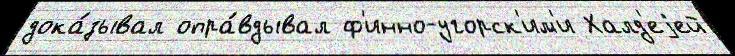
дока́зывал опра́вдывал ф'инно-угорск'им'и Халд'еjей